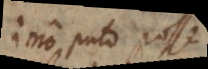
Imo puto posse